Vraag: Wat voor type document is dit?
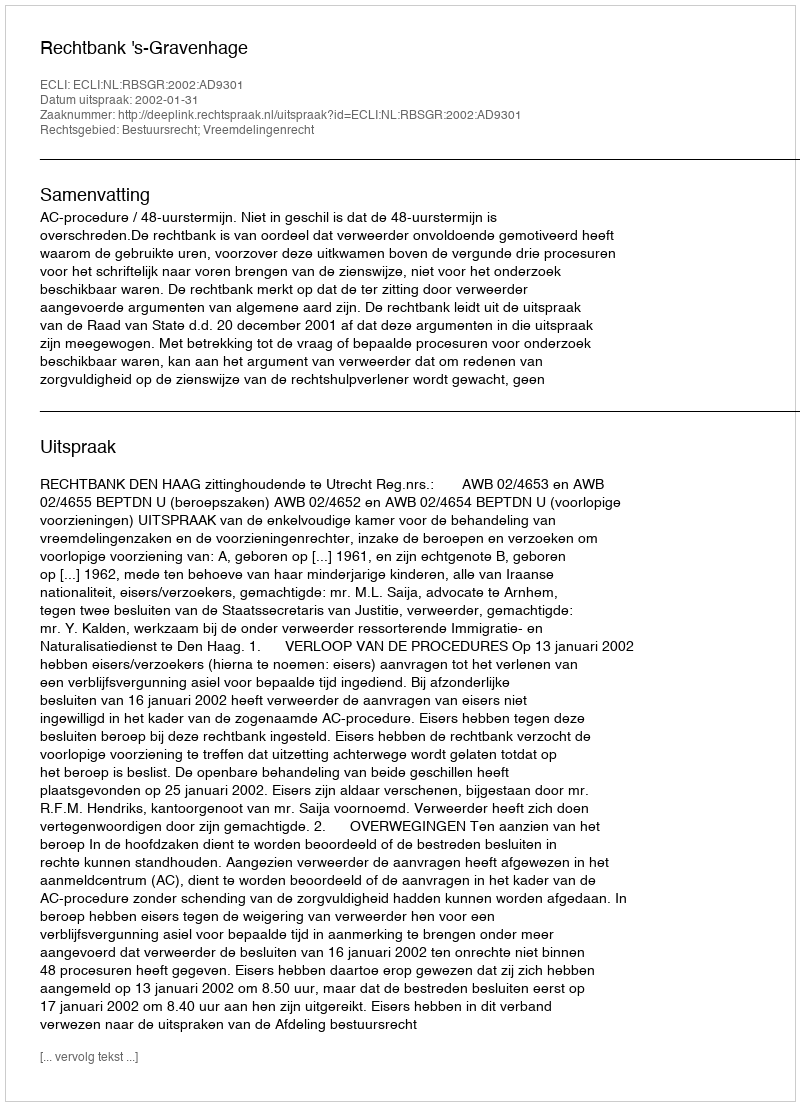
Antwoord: Uitspraak